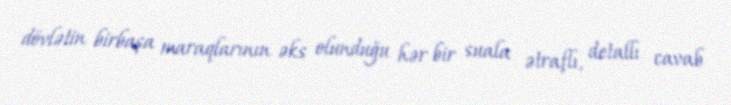
dövlətin birbaşa maraqlarının əks olunduğu hər bir suala ətraflı, detallı cavab